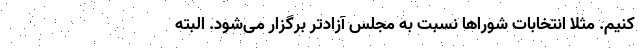
کنیم. مثلا انتخابات شوراها نسبت به مجلس آزادتر برگزار می‌شود. البته